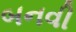
બનવી